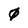
Character: 0